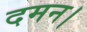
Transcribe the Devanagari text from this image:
दमन।